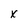
Character: x